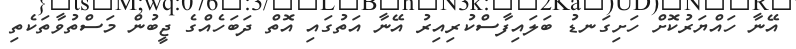
އޭނާ ހައްޔަރުކޮށް ހަށިގަނޑު ބަލައިފާސްކުރިއިރު އޭނާ އަތުގައި އޮތް ދަބަހެއްގެ ޖީބުން މަސްތުވާތަކެތި